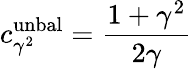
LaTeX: c_{\gamma^{2}}^{\mathrm{unbal}}=\frac{1+\gamma^{2}}{2\gamma}